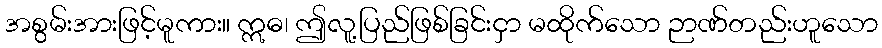
အစွမ်းအားဖြင့်မူကား။ ဣဓ၊ ဤလူ့ပြည်ဖြစ်ခြင်းငှာ မထိုက်သော ဉာဏ်တည်းဟူသော